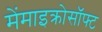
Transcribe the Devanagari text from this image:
मेंमाइक्रोसॉफ्ट